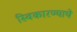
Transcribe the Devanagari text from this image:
स्विकारण्याचे